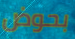
بحوض